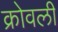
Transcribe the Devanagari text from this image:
क्रोवली